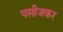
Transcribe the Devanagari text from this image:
पसीजकर